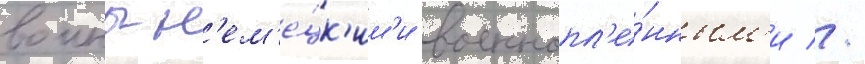
воины н'ем'е́цк'им'и военнопл'е́нным'и //